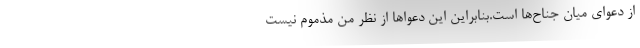
از دعوای میان جناح‌ها است.بنابراین این دعواها از نظر من مذموم نیست